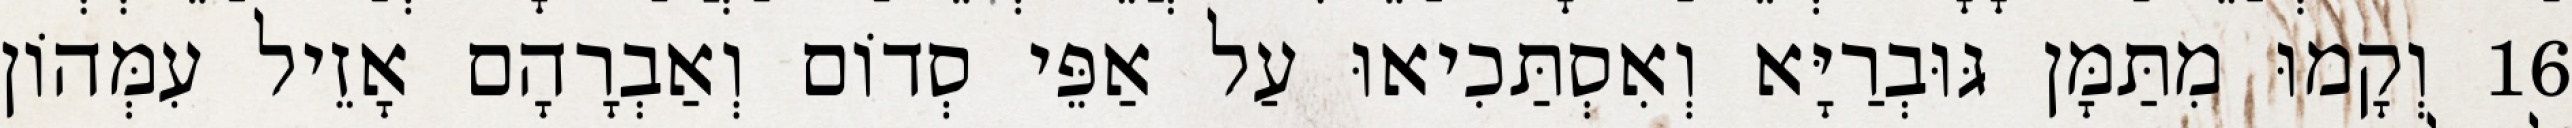
16 וְקָמוּ מִתַּמָּן גּוּבְרַיָּא וְאִסְתַּכִיאוּ עַל אַפֵּי סְדוֹם וְאַבְרָהָם אָזֵיל עִמְּהוֹן